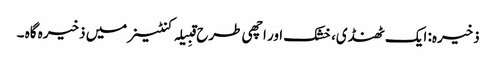
ذخیرہ: ایک ٹھنڈی، خشک اور اچھی طرح قبِیلہ کنٹینر میں ذخیرہ گاہ ۔